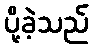
ပို့ခဲ့သည်